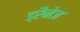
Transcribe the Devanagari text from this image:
ड्रैनेज